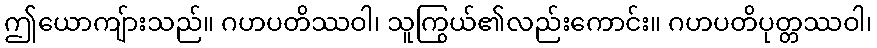
ဤယောကျ်ားသည်။ ဂဟပတိဿဝါ၊ သူကြွယ်၏လည်းကောင်း။ ဂဟပတိပုတ္တဿဝါ၊